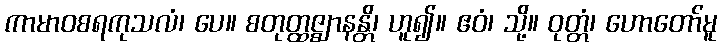
ကာမာဝစရကုသလံ၊ ပေ။ စတုတ္ထဇ္ဈာနန္တိ၊ ဟူ၍။ ဧဝံ၊ သို့။ ဝုတ္တံ၊ ဟောတော်မူ